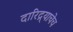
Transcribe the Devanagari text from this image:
दारिद्र्याचेच